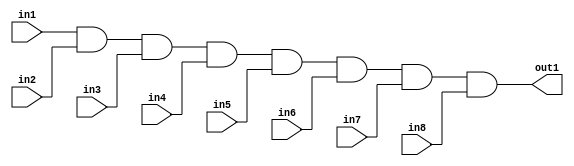
module eightand(out1, in1, in2, in3,in4,in5,in6,in7,in8);
input in1, in2, in3,in4,in5,in6,in7,in8;
output out1;
assign out1=in1& in2& in3&in4&in5&in6&in7&in8;

endmodule

`timescale 1ns/1ps
module inverter_tb(sw,led);
input [7:0] sw;
output [0:0] led;
eightand uut(.out1(led),.in1(sw[7]),.in2(sw[6]),.in3(sw[5]),.in4(sw[4]),.in5(sw[3]),.in6(sw[2]),.in7(sw[1]),.in8(sw[0]));

endmodule